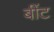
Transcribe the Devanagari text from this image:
बींट